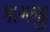
કાગજી